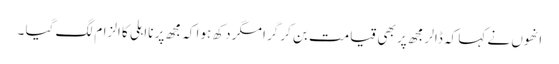
انھوں نے کہا کہ ڈالر مجھ پر بھی قیامت بن کر گرا مگر دکھ ہوا کہ مجھ پر نااہلی کا الزام لگ گیا ۔